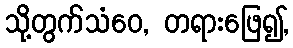
သို့တွက်သံဝေ, တရားဖြေ၍,